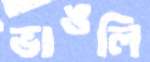
ভাঙলি